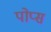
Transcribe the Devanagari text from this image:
पोप्स